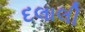
દલાલી